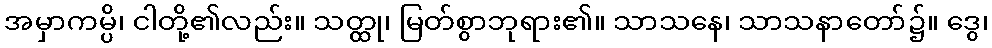
အမှာကမ္ပိ၊ ငါတို့၏လည်း။ သတ္ထု၊ မြတ်စွာဘုရား၏။ သာသနေ၊ သာသနာတော်၌။ ဒွေ၊